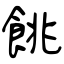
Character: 餆